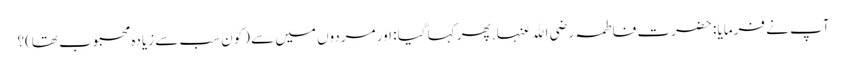
آپ نے فرمایا : حضرت فاطمہ رضی اﷲ عنہا. پھر کہا گیا : اور مردوں میں سے (کون سب سے زیادہ محبوب تھا)؟